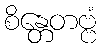
စိန္တေတဗ္ဗံ